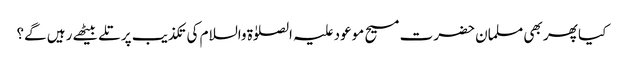
کیا پھر بھی مسلمان حضرت مسیح موعود علیہ الصلوٰۃ والسلام کی تکذیب پر تلے بیٹھے رہیں گے؟